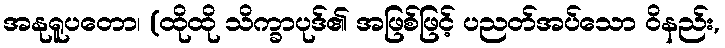
အနုရူပတော၊ (ထိုထို သိက္ခာပုဒ်၏ အဖြစ်ဖြင့် ပညတ်အပ်သော ဝိနည်း,